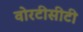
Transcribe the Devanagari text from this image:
वोरटीसीटी